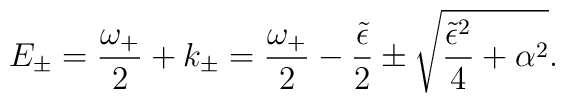
E_\pm  = {\omega_+ \over 2} + k_\pm ={\omega_+ \over 2} - {\tilde\epsilon \over 2} \pm\sqrt{{\tilde\epsilon^2 \over 4} + \alpha^2}.